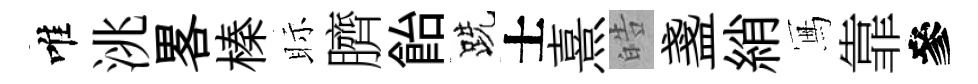
唯洮畧榛眎臍飴跣士熹皓盞綃冩靠參